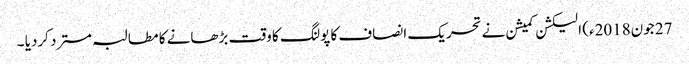
27 جون2018ء) الیکشن کمیشن نے تحریک انصاف کا پولنگ کا وقت بڑھانے کا مطالبہ مسترد کردیا ۔